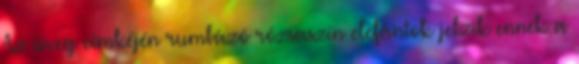
Az üveg címkéjén rumbázó rózsaszín elefántok jelzik ennek a